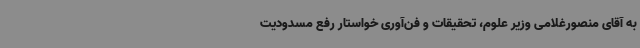
به آقای منصورغلامی وزیر علوم، تحقیقات و فن‌آوری خواستار رفع مسدودیت